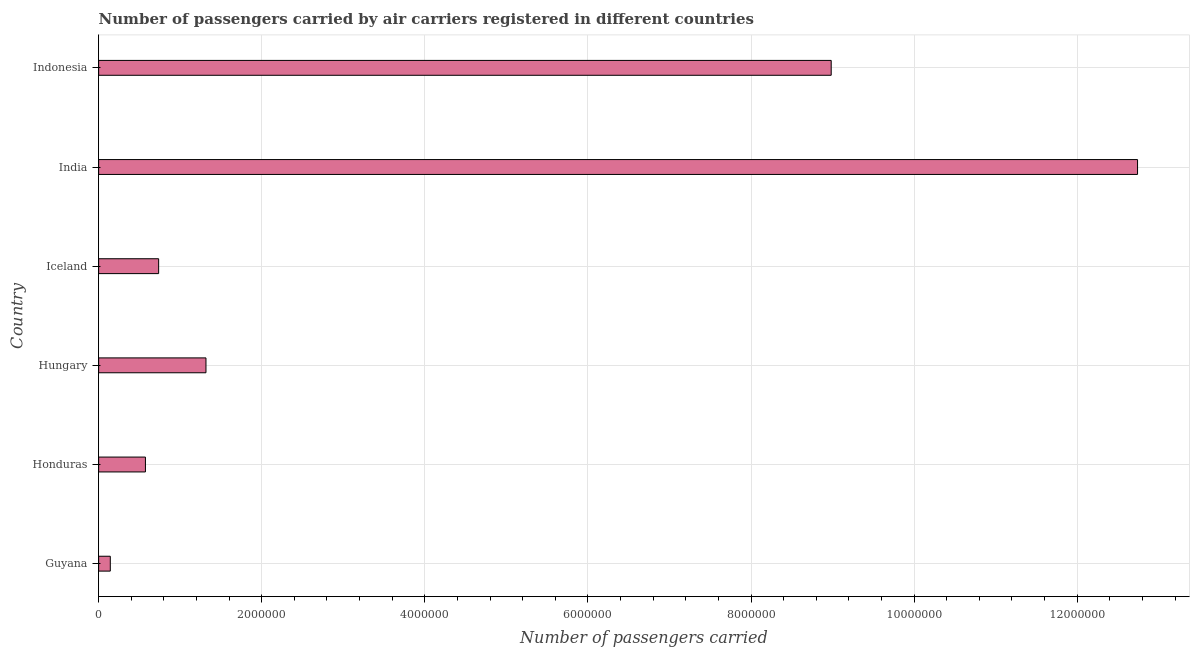
| Country | Air transport |
 | --- | --- |
 | Guyana | 1.43e+05 |
 | Honduras | 5.74e+05 |
 | Hungary | 1.32e+06 |
 | Iceland | 7.36e+05 |
 | India | 1.27e+07 |
 | Indonesia | 8.98e+06 |